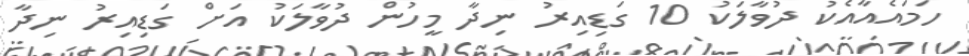
ހަމައެއާއެކު ދުވާލަކު 10 ގަޑިއިރު ނިދާ މީހުން ދުވާލަކު އަށް ގަޑިއިރު ނިދާ